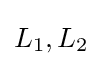
L_{1},L_{2}